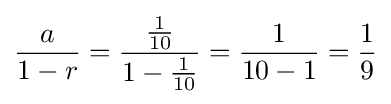
{\frac {a}{1-r}}={\frac {\frac {1}{10}}{1-{\frac {1}{10}}}}={\frac {1}{10-1}}={\frac {1}{9}}